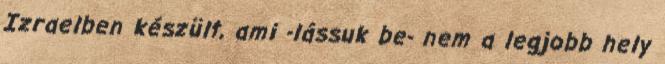
Izraelben készült, ami -lássuk be- nem a legjobb hely